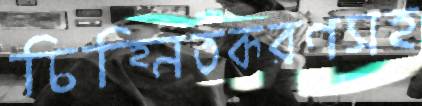
চিহ্নিতকরণসহ